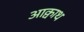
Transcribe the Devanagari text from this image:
आक्वाथ